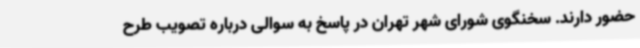
حضور دارند. سخنگوی شورای شهر تهران در پاسخ به سوالی درباره تصویب طرح